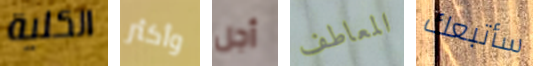
الكلية وأكثر أجل المعاطف سأتبعك